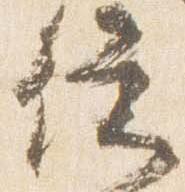
従